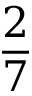
\frac { 2 } { 7 }